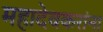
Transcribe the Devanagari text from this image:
महादेवकरांना